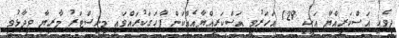
ދިވެހި އަސްކަރިއްޔާ އަކީ 129 އަހަރުވީ އަސްކަރިއްޔާއެއްކަން ފާހަގަކުރައްވައި މިނިސްޓަރު މާރިޔާ ވިދާޅުވީ